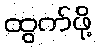
ထွက်ဖို့